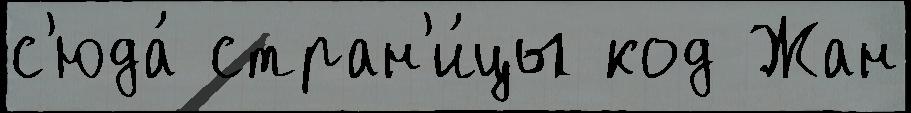
с'юда́ стран'и́цы код Жан